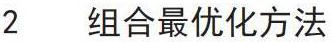
2 组合最优化方法